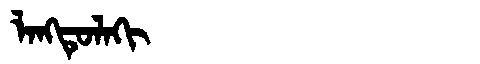
Manchu: ᠯᠠᠩᡨᡠᠯᠠᡴᡳ
Romanization: LANGTULAKI